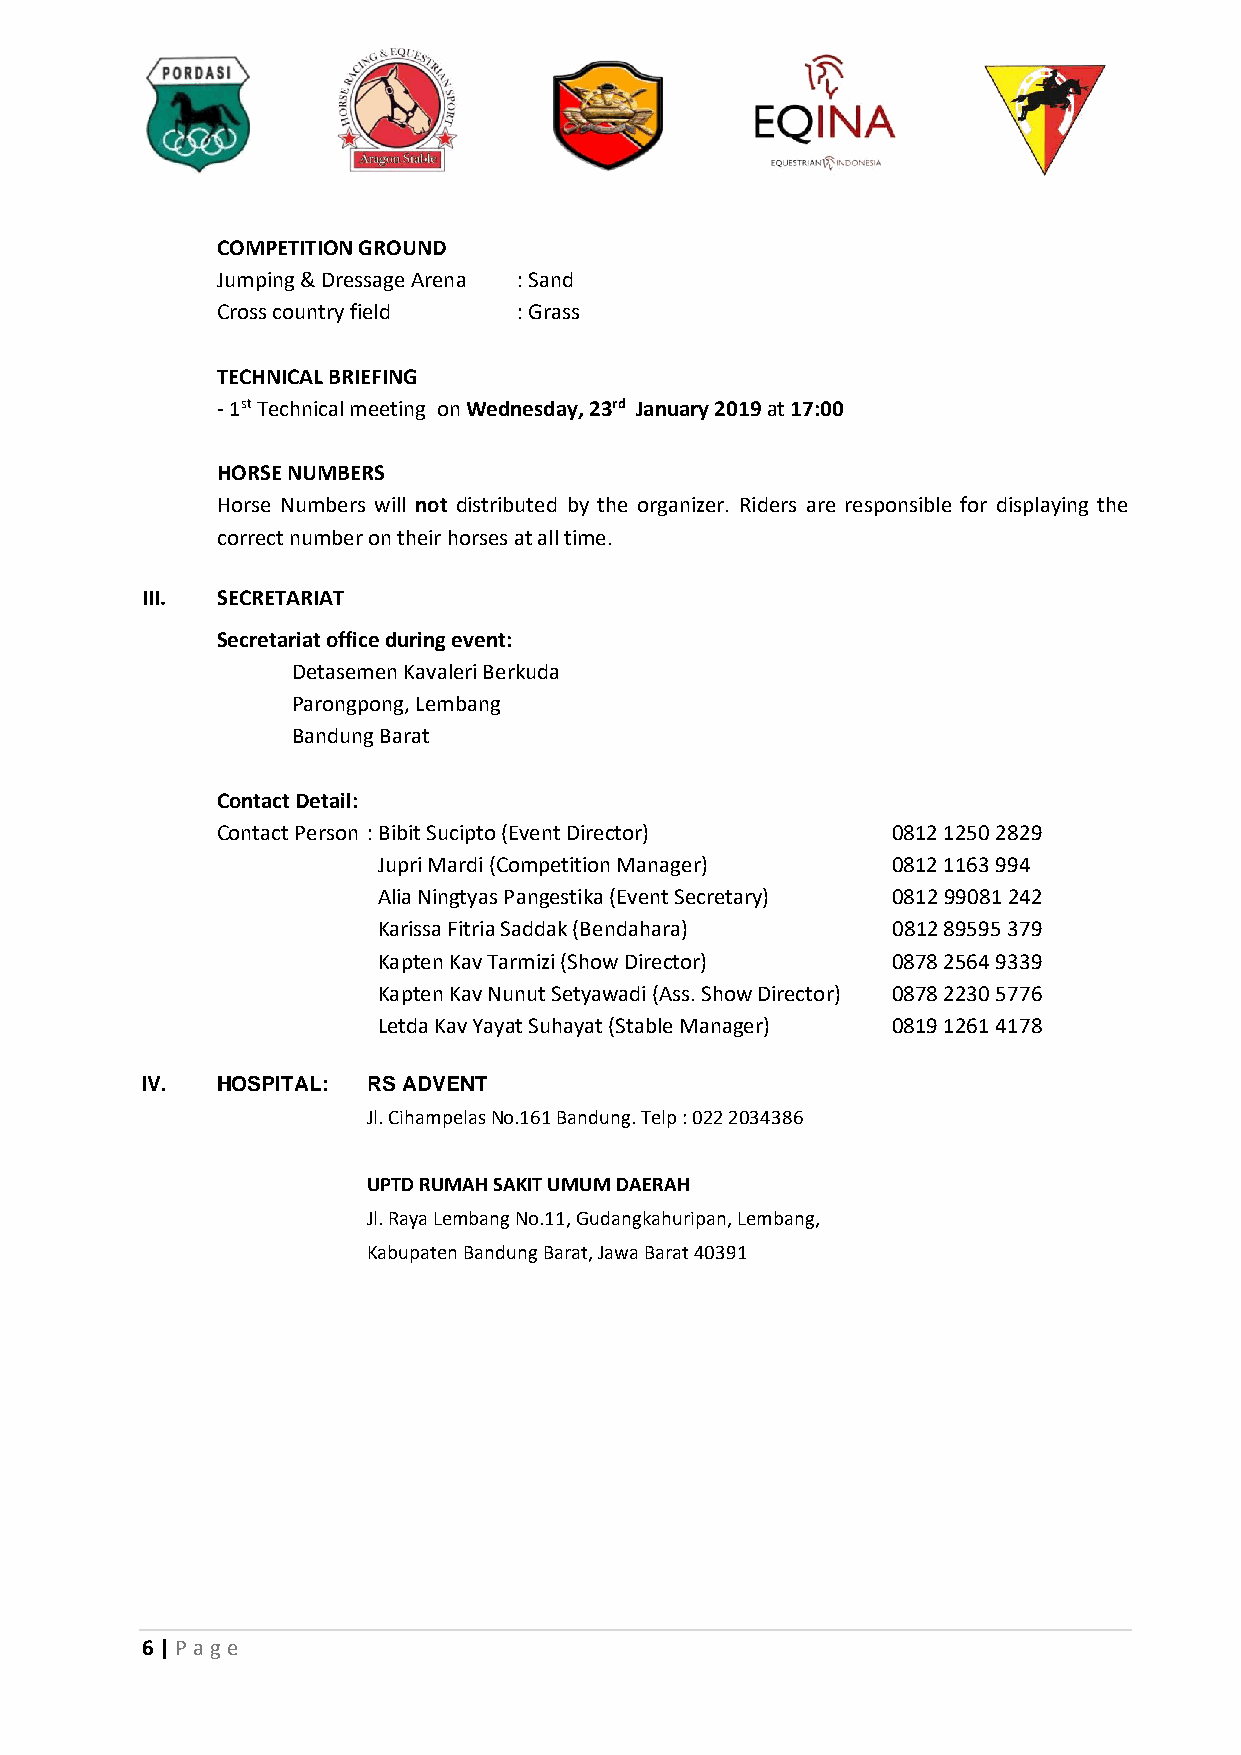
COMPETITION GROUND
 Jumping & Dressage Arena : Sand
 Cross country field : Grass
 TECHNICAL BRIEFING
 - 1st Technical meeting on Wednesday, 23rd January 2019 at 17:00
 HORSE NUMBERS
 Horse Numbers will not distributed by the organizer. Riders are responsible for displaying the
 correct number on their horses at all time.
 III. SECRETARIAT
 Secretariat office during event:
 Detasemen Kavaleri Berkuda
 Parongpong, Lembang
 Bandung Barat
 Contact Detail:
 Contact Person : Bibit Sucipto (Event Director) 0812 1250 2829
 Jupri Mardi (Competition Manager) 0812 1163 994
 Alia Ningtyas Pangestika (Event Secretary) 0812 99081 242
 Karissa Fitria Saddak (Bendahara) 0812 89595 379
 Kapten Kav Tarmizi (Show Director) 0878 2564 9339
 Kapten Kav Nunut Setyawadi (Ass. Show Director) 0878 2230 5776
 Letda Kav Yayat Suhayat (Stable Manager) 0819 1261 4178
 IV.  HOSPITAL: RS ADVENT
 Jl. Cihampelas No.161 Bandung. Telp : 022 2034386
 UPTD RUMAH SAKIT UMUM DAERAH
 Jl. Raya Lembang No.11, Gudangkahuripan, Lembang,
 Kabupaten Bandung Barat, Jawa Barat 40391
 6 | P age